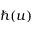
\hbar ( u )